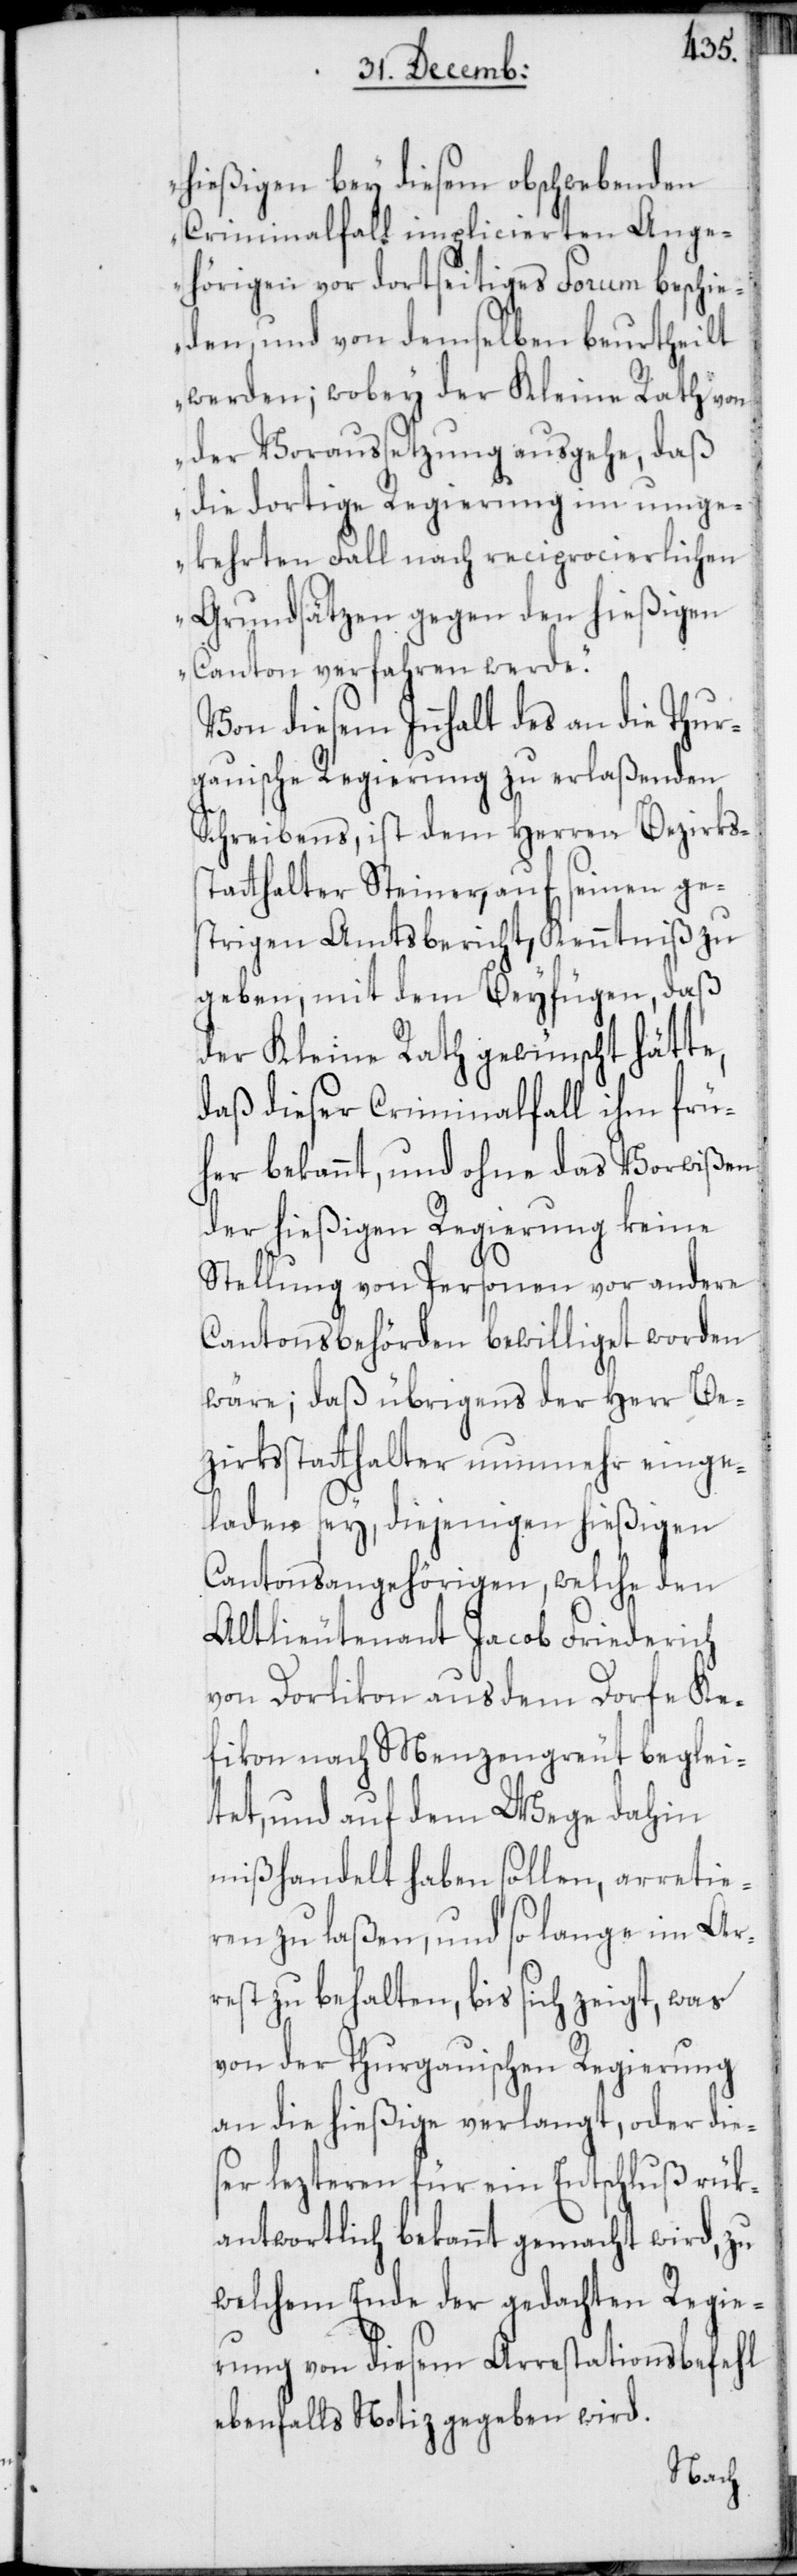
hießigen bey diesem obschwebenden
Criminalfall implicierten Ange¬
hörigen vor dortseitiges Forum beschie¬
den, und von demselben beurtheilt
werden; wobey der Kleine Rath von
der Voraussetzung ausgehe, daß
die dortige Regierung im umge¬
kehrten Fall nach reciprocierlichen
Grundsätzen gegen den hießigen
Canton verfahren werde.“
Von diesem Innhalt des an die Thur¬
gauische Regierung zu erlaßenden
Schreibens, ist dem Herren Bezirks¬
statthalter Steiner, auf seinen ge¬
strigen Amtsbericht, Kenntniß zu
geben, mit dem Beyfügen, daß
der Kleine Rath gewünscht hätte,
daß dieser Criminalfall ihm frü¬
her bekannt, und ohne das Vorwißen
der hießigen Regierung keine
Stellung von Personen vor andere
Cantonsbehörden bewilliget worden
wäre; daß übrigens der Herr Be¬
zirksstatthalter nunmehr einge¬
laden sey, diejenigen hießigen
Cantonsangehörigen, welche den
Altlieutenant Jacob Friederich
von Dorlikon aus dem Dorfe Ke¬
fikon nach Menzengreut beglei¬
tet, und auf dem Wege dahin
mißhandelt haben sollen, arretie¬
ren zu laßen, und so lange im Ar¬
rest zu behalten, bis sich zeigt, was
von der Thurgauischen Regierung
an die hießige verlangt, oder die¬
ser lezteren für ein Entschluß rük¬
antwortlich bekannt gemacht wird, zu
welchem Ende der gedachten Regie¬
rung von diesem Arrestationsbefehl
ebenfalls Notiz gegeben wird.